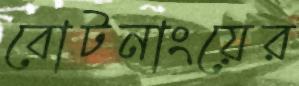
বোটনাংয়ের